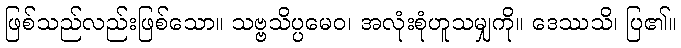
ဖြစ်သည်လည်းဖြစ်သော။ သဗ္ဗသိပ္ပမေဝ၊ အလုံးစုံဟူသမျှကို။ ဒေဿသိ၊ ပြ၏။